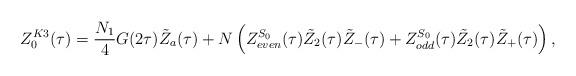
LaTeX: \begin{align*}Z^{K3}_0(\tau)=\frac{N_1}{4}G(2\tau){\tilde Z}_a(\tau)+N\left(Z^{S_{0}}_{even}(\tau){\tilde Z}_2(\tau){\tilde Z}_-(\tau)+Z^{S_{0}}_{odd}(\tau){\tilde Z}_2(\tau){\tilde Z}_+(\tau)\right),\end{align*}